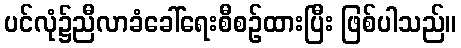
ပင်လုံ၌ညီလာခံခေါ်ရေးစီစဉ်ထားပြီး ဖြစ်ပါသည်။